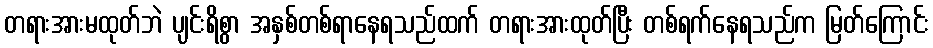
တရားအားမထုတ်ဘဲ ပျင်းရိစွာ အနှစ်တစ်ရာနေရသည်ထက် တရားအားထုတ်ပြီး တစ်ရက်နေရသည်က မြတ်ကြောင်း